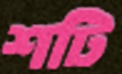
শটি